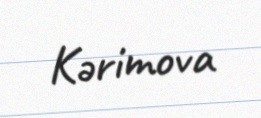
Kərimova